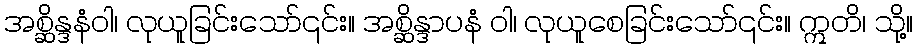
အစ္ဆိန္ဒနံဝါ၊ လုယူခြင်းသော်၎င်း။ အစ္ဆိန္ဒာပနံ ဝါ၊ လုယူစေခြင်းသော်၎င်း။ ဣတိ၊ သို့။